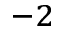
^ { - 2 }